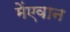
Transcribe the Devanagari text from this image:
मेंएवान